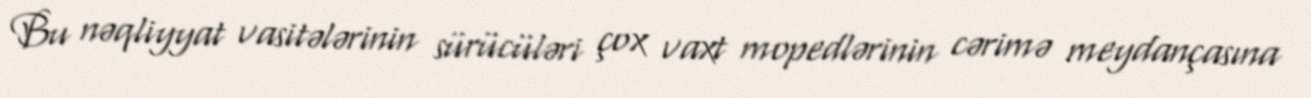
Bu nəqliyyat vasitələrinin sürücüləri çox vaxt mopedlərinin cərimə meydançasına